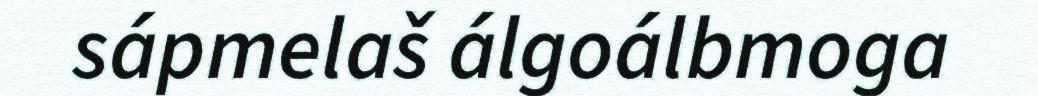
sápmelaš álgoálbmoga